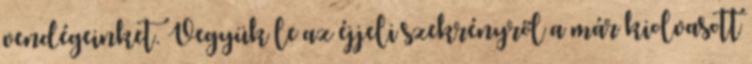
vendégeinket. Vegyük le az éjjeli szekrényről a már kiolvasott